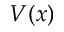
V ( x )